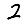
Digit: 2